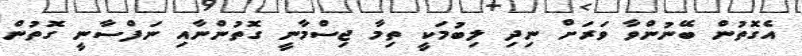
އެގޮތުން ބޭނުންވާ ވަރަށް ނިދި ލިބުމަކީ ތިމާ ޖިސްމާނީ ގޮތުންނާއި ނަފްސާނީ ގޮތުން